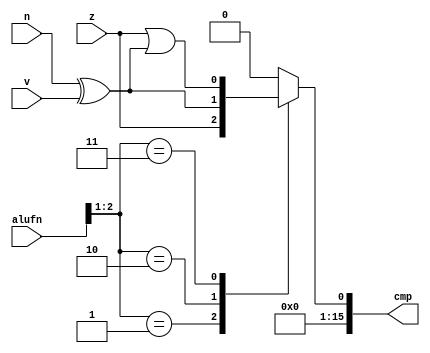
/*
   This file was generated automatically by the Mojo IDE version B1.3.6.
   Do not edit this file directly. Instead edit the original Lucid source.
   This is a temporary file and any changes made to it will be destroyed.
*/

module compare16_28 (
    input [3:0] alufn,
    input z,
    input v,
    input n,
    output reg [15:0] cmp
  );
  
  
  
  reg lt;
  
  reg eq;
  
  reg le;
  
  always @* begin
    cmp = 16'h0000;
    eq = z;
    lt = (n ^ v);
    le = eq | lt;
    
    case (alufn[1+1-:2])
      2'h1: begin
        cmp[0+0-:1] = eq;
      end
      2'h2: begin
        cmp[0+0-:1] = lt;
      end
      2'h3: begin
        cmp[0+0-:1] = le;
      end
      default: begin
        cmp[0+0-:1] = 1'h0;
      end
    endcase
  end
endmodule